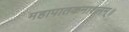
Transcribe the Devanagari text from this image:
महापातकनाशनम्‌॥